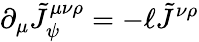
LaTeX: \partial_{\mu}\tilde{J}_{\psi}^{\mu\nu\rho}=-\ell\tilde{J}^{\nu\rho}